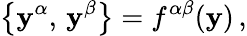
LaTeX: \bigl\{ \mathbf{y}^{\alpha},\, \mathbf{y}^{\beta}\bigr\} =f^{\alpha\beta}(\mathbf{y})\, ,